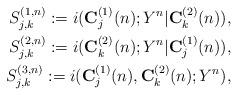
LaTeX: \begin{align*}S_{j,k}^{(1,n)}:=i({\bf C}^{(1)}_j(n); Y^n|{\bf C}^{(2)}_k (n)),\\S_{j,k}^{(2,n)}:=i({\bf C}^{(2)}_k(n); Y^n|{\bf C}^{(1)}_j (n)),\\S_{j,k}^{(3,n)}:=i({\bf C}^{(1)}_j(n),{\bf C}^{(2)}_k(n);Y^n),\end{align*}